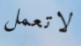
لاتعمل